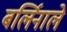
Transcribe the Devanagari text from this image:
बर्लिनाले